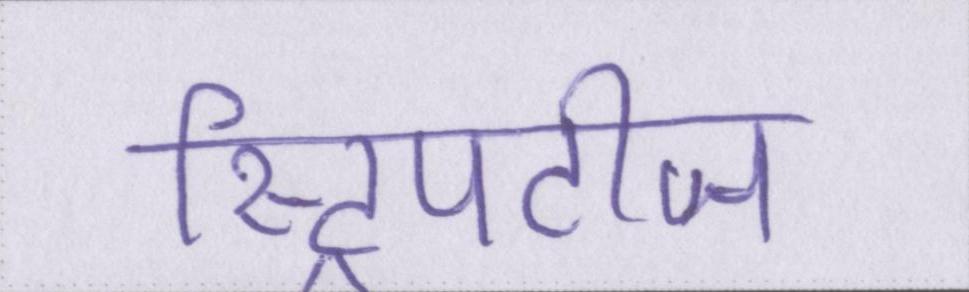
स्ट्रिपटीज